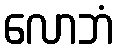
လောဘံ